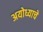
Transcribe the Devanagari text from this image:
अयोध्याचे